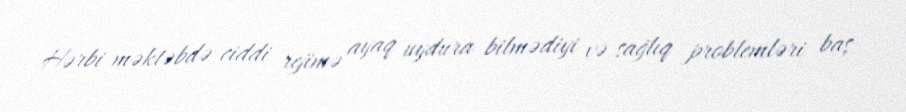
Hərbi məktəbdə ciddi rejimə ayaq uydura bilmədiyi və sağlıq problemləri baş